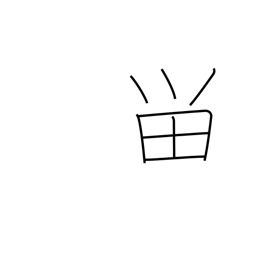
Meaning: halt